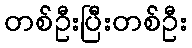
တစ်ဦးပြီးတစ်ဦး